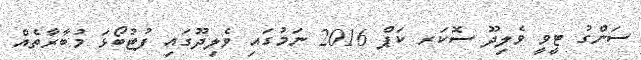
ސަންގު ޓީވީ ވެލިދޫ ސޮކަރ ކަޕް 2016 ނަމުގައި ވެލިދޫގައި ފުޓުބޯޅަ މުބާރާތެއް